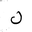
Letter: _lam